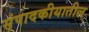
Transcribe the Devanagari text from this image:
संपादकीयातील